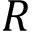
R